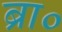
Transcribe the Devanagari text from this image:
ब्रा०